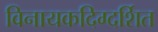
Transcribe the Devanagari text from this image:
विनायकदिग्दर्शित